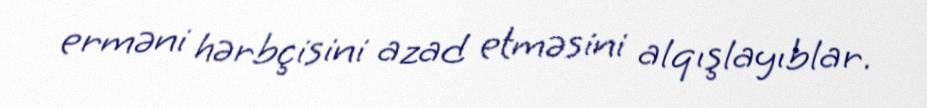
erməni hərbçisini azad etməsini alqışlayıblar.